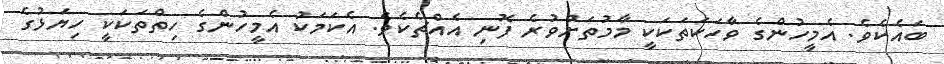
ބައެކެވެ. އެމީހުންގެ ވާހަކަތަކަކީ މާމުތަށްވުރެ ފޮނި އެއްޗެކެވެ. އެކަމަކު އެމީހުންގެ ހިތްތަކަކީ ހިޔަޅުގެ